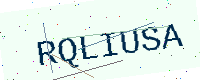
Text: RQLIUSA